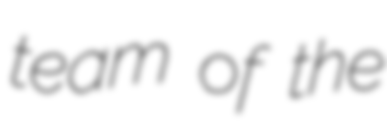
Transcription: team of the